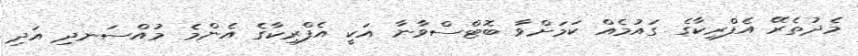
މެދުތެރޭ އެފްރިކާގެ ގައުމެއް ކަމަށްވާ ބޮޓްސްވާނާ އަކީ އެފްރިކާގެ އެންމެ މުއްސަނދި އަދި